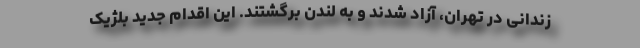
زندانی در تهران، آزاد شدند و به لندن برگشتند. این اقدام جدید بلژیک